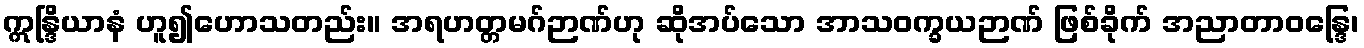
ဣန္ဒြိယာနံ ဟူ၍ဟောသတည်း။ အရဟတ္တမဂ်ဉာဏ်ဟု ဆိုအပ်သော အာသဝက္ခယဉာဏ် ဖြစ်ခိုက် အညာတာဝန္ဒြေ၊